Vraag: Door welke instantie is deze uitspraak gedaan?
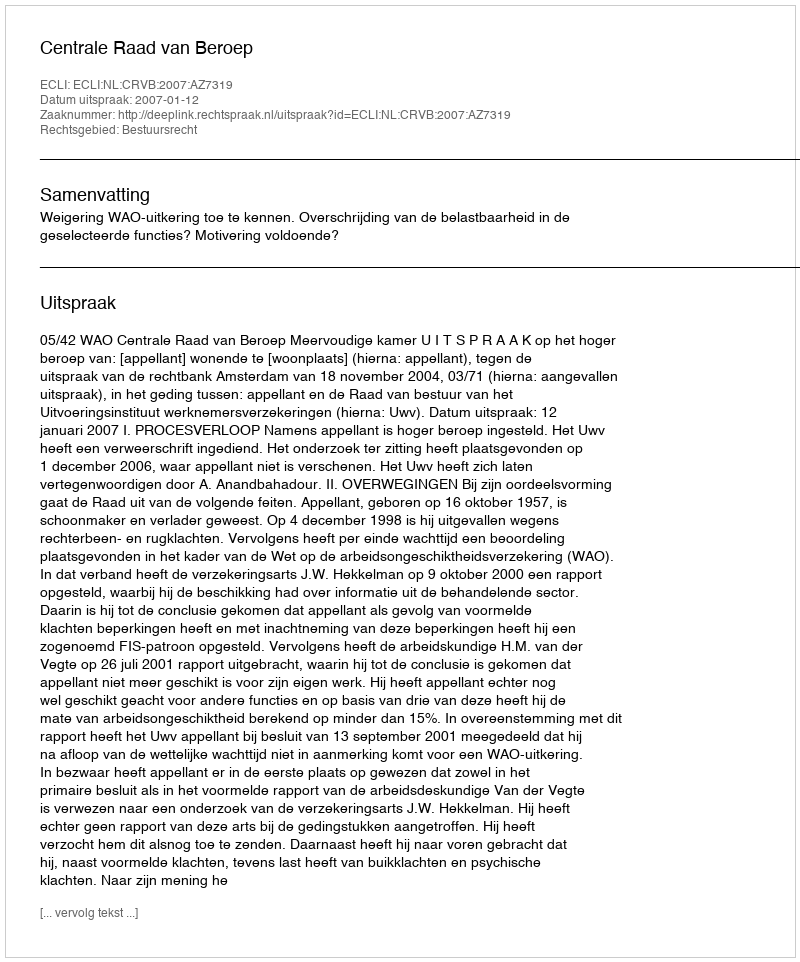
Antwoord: Centrale Raad van Beroep